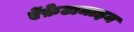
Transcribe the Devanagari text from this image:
ऐंफ़ेटामाइन